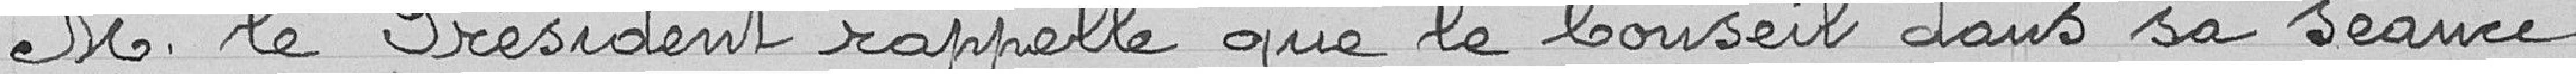
Monsieur le président rappelle que le conseil dans sa séance